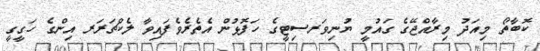
ކޮބާތޯ މިއަދު މިރާއްޖޭގެ ގައުމީ ޔުނިވަރސިޓީގެ ހަފޮޅުން އެތެރެވެފައިވާ ލެކްޗަރަރ އިންގެ ހަގީގީ